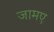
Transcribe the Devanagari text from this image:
जामए